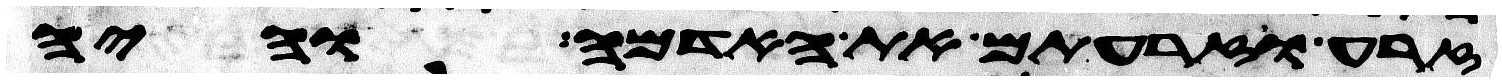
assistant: זרע וזרעתם את האדמה והיה